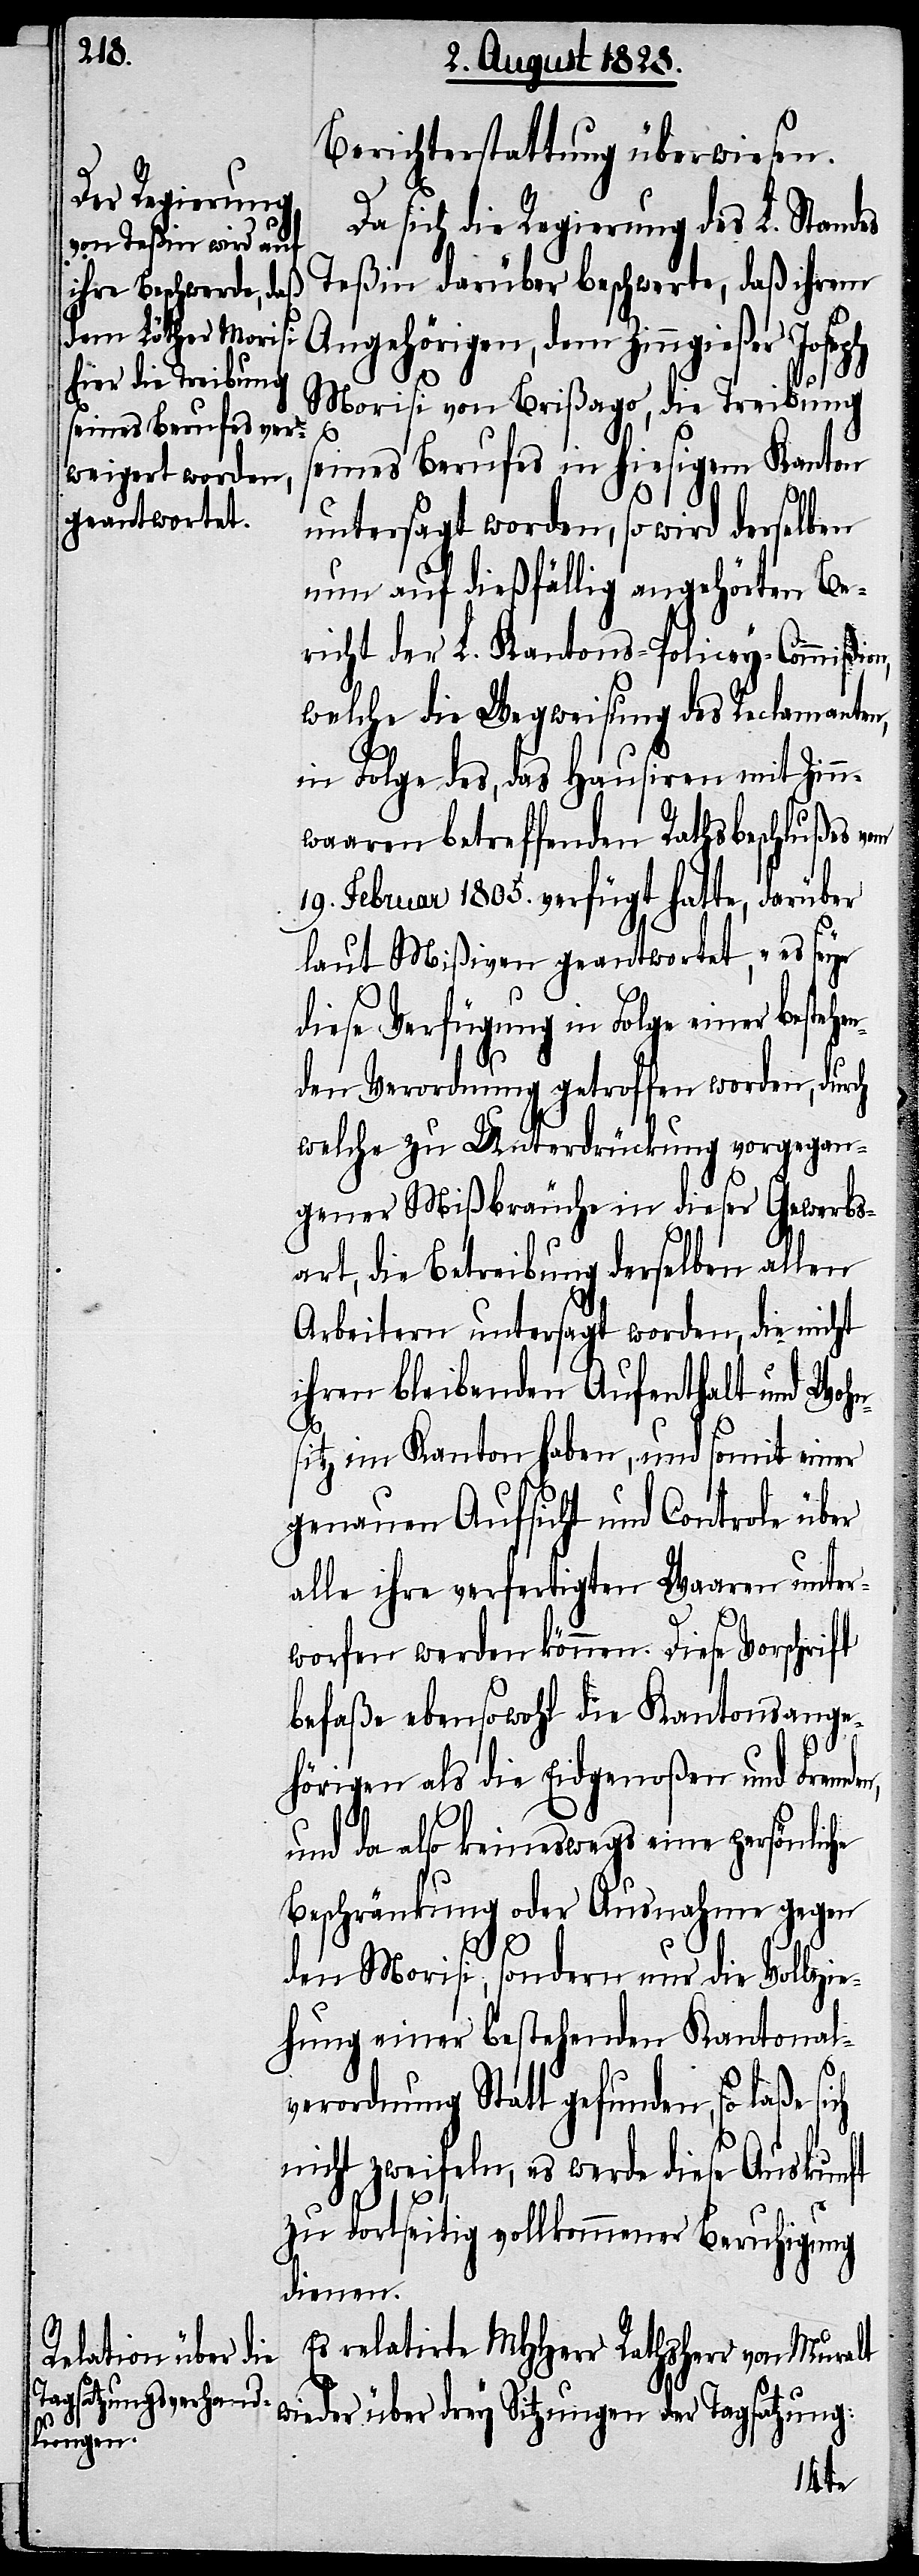
Berichterstattung überwiesen.
Da sich die Regierung des L. Standes
Teßin darüber beschwerte, daß ihrem
Angehörigen, dem Zinngießer Joseph
Morisi von Brißago, die Treibung
seines Berufes in hiesigem Kanton
untersagt worden, so wird derselben
nun auf dießfällig angehörten Be¬
richt der L. Kantons-Policey-Commißio¬
welche die Wegweisung des Reclamanten,
in Folge des, das Hausiren mit Zinn¬
waaren betreffenden Rathsbeschlußes vom
19. Februar 1805. verfügt hatte, darüber
laut Mißiven geantwortet, „es seye
diese Verfügung in Folge einer beste¬
nden Verordnung getroffen worden, durch
welche zu Unterdrückung vorgegan¬
gener Mißbräuche in dieser Gewerbs¬
ch
art, die Betreibung derselben allen
Arbeitern untersagt worden, die nicht
ihren bleibenden Aufenthalt und Wohn¬
sitz im Kanton haben, und somit einer
genauen Aufsicht und Controlle
alle ihre verfertigten Waaren unter¬
worfen werden können. Diese Vorschrift
befaße ebensowohl die Kantonsange¬
hörigen als die Eidgenoßen und Fremde¬
und da also keineswegs eine persönliche
Beschränkung oder Ausnahme gegen
den Morisi, sondern nur die Vollzie¬
hung einer bestehenden Kantonal¬
n,
verordnung Statt gefunden, so laße si¬
nicht zweifeln, es werde diese Auskunft
zu dortseitig vollkommener Beruhigung
Es relatirte MHHerr Rathsherr von Muralt
wieder über drey Sitzungen der Tagsatzung: